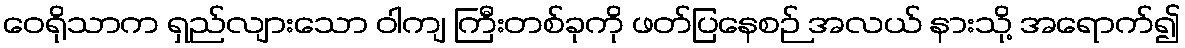
ဝေရိုသာက ရှည်လျားသော ဝါကျ ကြီးတစ်ခုကို ဖတ်ပြနေစဉ် အလယ် နားသို့ အရောက်၍